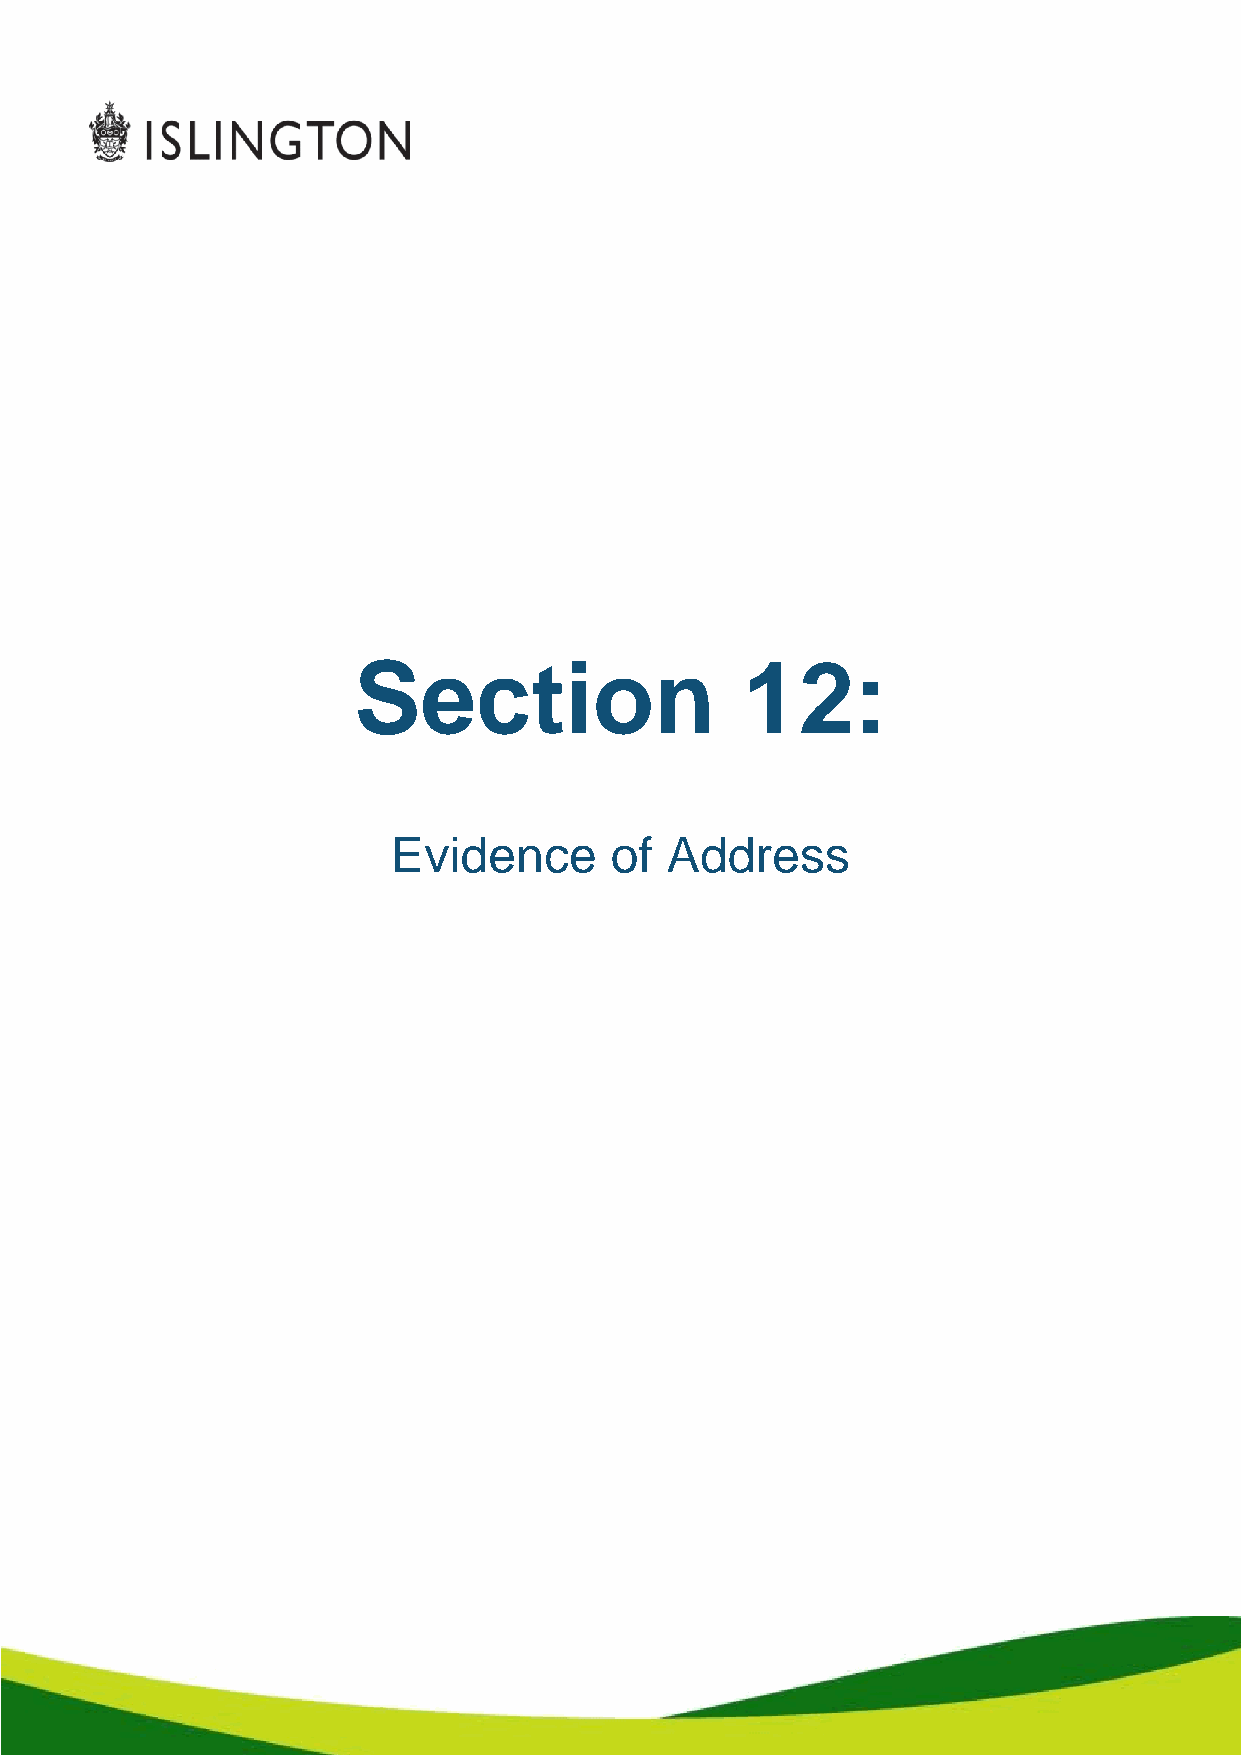
Section                   12:
 Evidence      of  Address